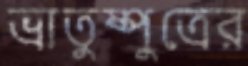
ভ্রাতুষ্পুত্রের